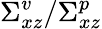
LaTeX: \Sigma_{xz}^{v}/\Sigma_{xz}^{p}